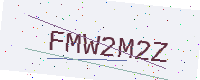
Text: FMW2M2Z